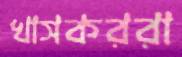
খাসকররা